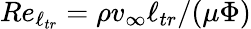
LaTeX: Re_{\ell_{tr}}=\rho v_{\infty}\ell_{tr}/(\mu\Phi)